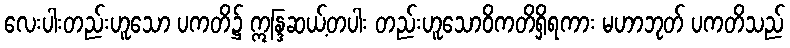
လေးပါးတည်းဟူသော ပကတိ၌ ဣန္ဒြဆယ့်တပါး တည်းဟူသောဝိကတိရှိရကား မဟာဘုတ် ပကတိသည်